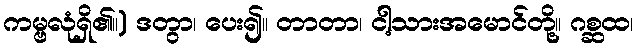
ကမ္ဗလုံရှိ၏။) ဒတွာ၊ ပေး၍။ တာတာ၊ ငါ့သားအမောင်တို့။ ဂစ္ဆထ၊